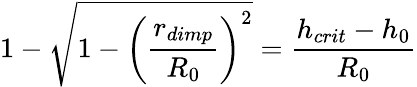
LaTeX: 1-\sqrt{1-\left(\frac{r_{dimp}}{R_{0}}\right)^{2}}=\frac{h_{crit}-h_{0}}{R_{0}}